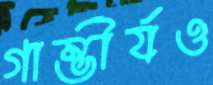
গাম্ভীর্যও